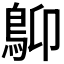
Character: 𩾱